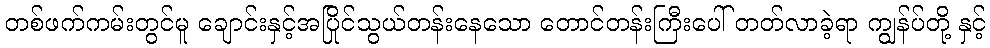
တစ်ဖက်ကမ်းတွင်မူ ချောင်းနှင့်အပြိုင်သွယ်တန်းနေသော တောင်တန်းကြီးပေါ် တတ်လာခဲ့ရာ ကျွန်ပ်တို့ နှင့်